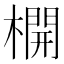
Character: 𣛣